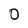
Character: O